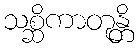
သစ္ဆိကာတုန္တိ